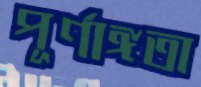
পূর্ণাঙ্গতা